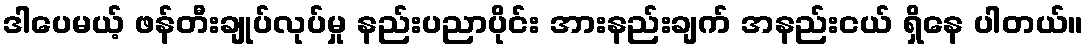
ဒါပေမယ့် ဖန်တီးချုပ်လုပ်မှု နည်းပညာပိုင်း အားနည်းချက် အနည်းငယ် ရှိနေ ပါတယ်။